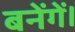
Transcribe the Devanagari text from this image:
बनेंगें।